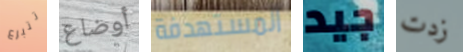
تتبرع أوضاع المستهدفة جيد زدت